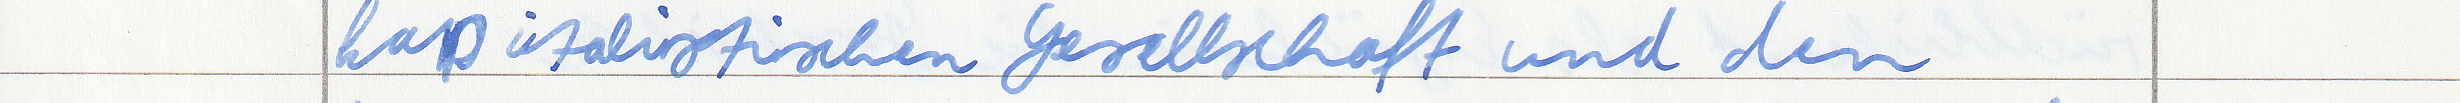
kapitalistischen Gesellschaft und den